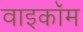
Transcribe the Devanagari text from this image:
वाइकॉम